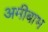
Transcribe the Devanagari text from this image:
अमीबाभ